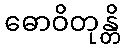
ဓောဝိတုန္တိ